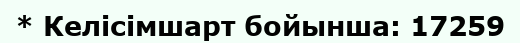
* Келісімшарт бойынша: 17259